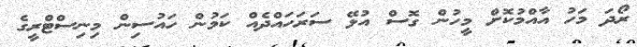
ރޯދަ މަހު އާއްމުކޮށް މީހުން ގޮސް އުޅޭ ސަރަހައްދެއް ކަމުން ހައުސިން މިނިސްޓްރީގެ